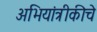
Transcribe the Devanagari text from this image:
अभियांत्रीकीचे